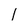
Character: 1